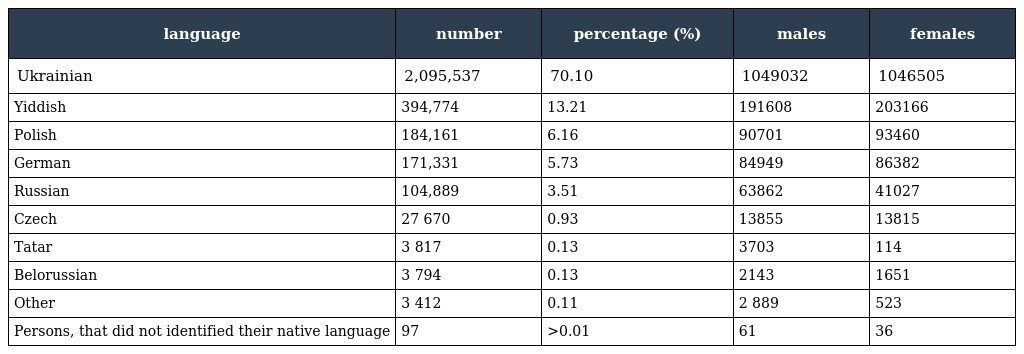
| language | number | percentage (%) | males | females |
 | --- | --- | --- | --- | --- |
 | Ukrainian | 2,095,537 | 70.10 | 1049032 | 1046505 |
 | Yiddish | 394,774 | 13.21 | 191608 | 203166 |
 | Polish | 184,161 | 6.16 | 90701 | 93460 |
 | German | 171,331 | 5.73 | 84949 | 86382 |
 | Russian | 104,889 | 3.51 | 63862 | 41027 |
 | Czech | 27 670 | 0.93 | 13855 | 13815 |
 | Tatar | 3 817 | 0.13 | 3703 | 114 |
 | Belorussian | 3 794 | 0.13 | 2143 | 1651 |
 | Other | 3 412 | 0.11 | 2 889 | 523 |
 | Persons, that did not identified their native language | 97 | >0.01 | 61 | 36 |